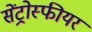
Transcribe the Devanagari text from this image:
सेंट्रोस्फीयर